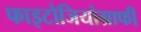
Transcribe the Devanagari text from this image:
फाइटोजियोग्राफी